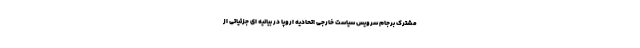
مشترک برجام سرویس سیاست خارجی اتحادیه اروپا در بیانیه ای جزئیاتی از